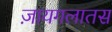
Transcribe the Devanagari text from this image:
ज़ायगलातस